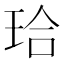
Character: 珨